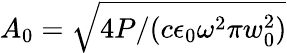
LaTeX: A_{0}=\sqrt{4P/(c\epsilon_{0}\omega^{2}\pi w_{0}^{2})}